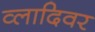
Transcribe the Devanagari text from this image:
व्लादिवर